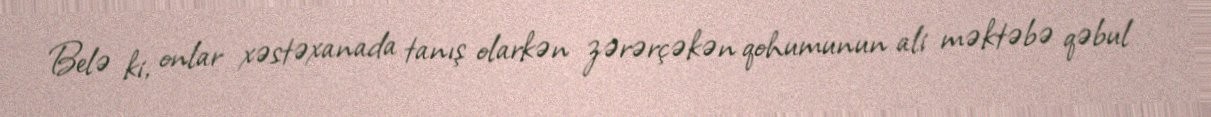
Belə ki, onlar xəstəxanada tanış olarkən zərərçəkən qohumunun ali məktəbə qəbul